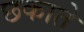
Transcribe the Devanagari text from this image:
छकाते